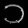
Digit: ၁